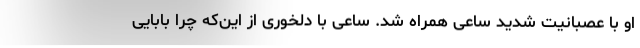
او با عصبانیت شدید ساعی همراه شد. ساعی با دلخوری از این‌که چرا بابایی